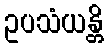
ဥပသံယန္တိ